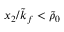
x _ { 2 } / \tilde { k } _ { f } < \tilde { \rho } _ { 0 }